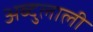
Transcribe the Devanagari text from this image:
अब्दुलाली